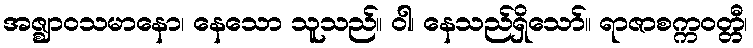
အဇ္ဈာဝသမာနော၊ နေသော သူသည်။ ဝါ၊ နေသည်ရှိသော်။ ရာဇာစက္ကဝတ္တီ၊